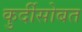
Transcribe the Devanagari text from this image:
कुर्दीसोबत